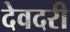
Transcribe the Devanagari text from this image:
देवदरी